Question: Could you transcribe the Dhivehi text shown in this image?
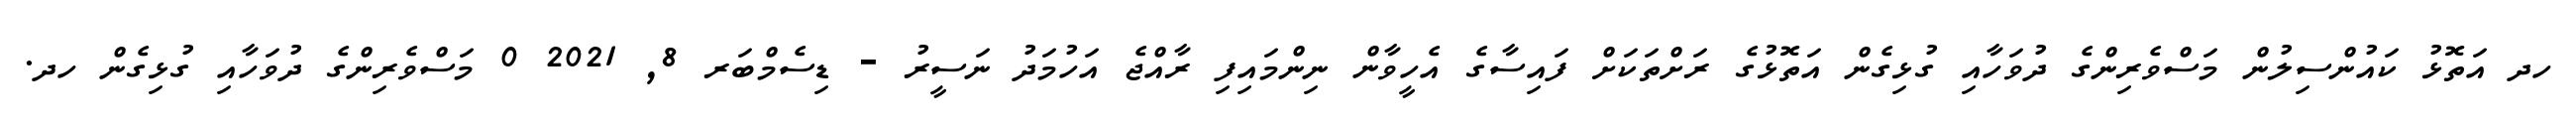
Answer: ހދ އަތޮޅު ކައުންސިލުން މަސްވެރިންގެ ދުވަހާއި ގުޅިގެން އަތޮޅުގެ ރަށްތަކަށް ފައިސާގެ އެހީވާން ނިންމައިފި ރާއްޖެ އަހުމަދު ނަސީރު - ޑިސެމްބަރ 8, 2021 0 މަސްވެރިންގެ ދުވަހާއި ގުޅިގެން ހދ.